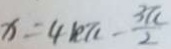
x = 4 k \pi - \frac { 3 \pi } { 2 }